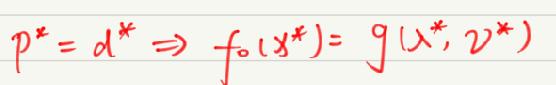
$p^{*}=d^{*} \Rightarrow f_{0}(x^{*})=g(\lambda^{*},v^{*})$